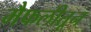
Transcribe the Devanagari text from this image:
मैफलीतून